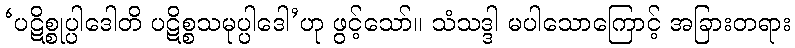
‘ပဋိစ္စုပ္ပါဒေါတိ ပဋိစ္စသမုပ္ပါဒေါ’ဟု ဖွင့်သော်။ သံသဒ္ဒါ မပါသောကြောင့် အခြားတရား